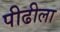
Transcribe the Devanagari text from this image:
पीढीला